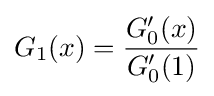
G_{1}(x)={\frac {G'_{0}(x)}{G'_{0}(1)}}